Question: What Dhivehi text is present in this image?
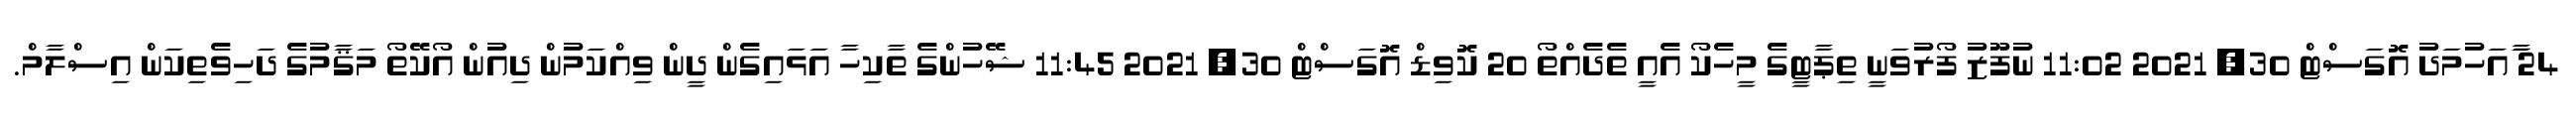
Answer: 24 ާައަހުމަދު އޮގަސްޓް 30, 2021 11:02 ނުފޫޒު ފޯރުވަނީ ތިޕާޓީގެ މީހެކޯ އެއީ ތެދެއްތޯ 20 ކޮވިޑް އޮގަސްޓް 30, 2021 11:45 ޝޭހުންގެ ތާކިހާ އަޅައިގެން ދީން ވިއްކަމުން ދިއުން އޯކޭތޯ މަޤާމުގެ ދަހިވެތިކަން އިސްލާމް.